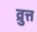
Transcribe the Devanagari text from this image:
व्रुत्त